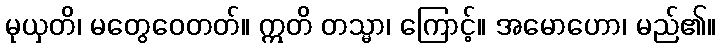
မုယှတိ၊ မတွေဝေတတ်။ ဣတိ တသ္မာ၊ ကြောင့်။ အမောဟော၊ မည်၏။